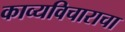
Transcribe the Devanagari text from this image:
काव्यविचाराचा